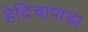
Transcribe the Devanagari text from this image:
हेदिचापाडा